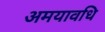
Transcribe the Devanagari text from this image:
अमयावधि